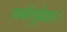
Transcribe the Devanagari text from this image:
धर्मानुप्रेक्षा।